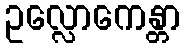
ဥလ္လောကေန္တာ